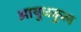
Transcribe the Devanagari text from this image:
आयुधकुल